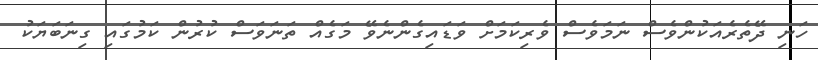
ހަނި ދޭތެރެއަކުންވެސް ނަމަވެސް ވެރިކަމަށް ވަޑައިގެންނެވޭ މަގެއް ތަނަވަސް ކުރުން ކަމުގައި ގިނަބަޔަކު